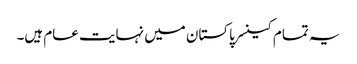
یہ تمام کینسر پاکستان میں نہایت عام ہیں۔